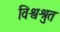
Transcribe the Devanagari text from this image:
विश्वश्रुत